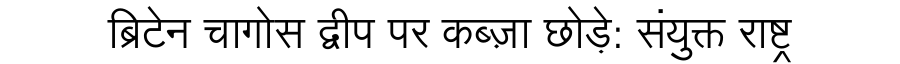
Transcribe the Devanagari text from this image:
ब्रिटेन चागोस द्वीप पर कब्ज़ा छोड़े: संयुक्त राष्ट्र